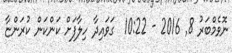
ނޮވެމްބަރު 8